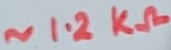
Text: ~1.2KΩ